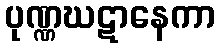
ပုဏ္ဏဃဋာနေကာ